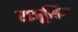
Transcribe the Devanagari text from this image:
राजूसिंग